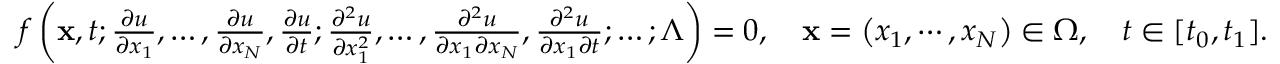
\begin{array} { r } { f \left( \mathbf { x } , t ; \frac { \partial u } { \partial x _ { 1 } } , \ldots , \frac { \partial u } { \partial x _ { N } } , \frac { \partial u } { \partial t } ; \frac { \partial ^ { 2 } u } { \partial x _ { 1 } ^ { 2 } } , \ldots , \frac { \partial ^ { 2 } u } { \partial x _ { 1 } \partial x _ { N } } , \frac { \partial ^ { 2 } u } { \partial x _ { 1 } \partial t } ; \ldots ; \boldsymbol { \Lambda } \right) = 0 , \quad \mathbf { x } = \left( x _ { 1 } , \cdots , x _ { N } \right) \in \Omega , \quad t \in [ t _ { 0 } , t _ { 1 } ] . } \end{array}